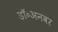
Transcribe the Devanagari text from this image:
डॉ॰अनवर